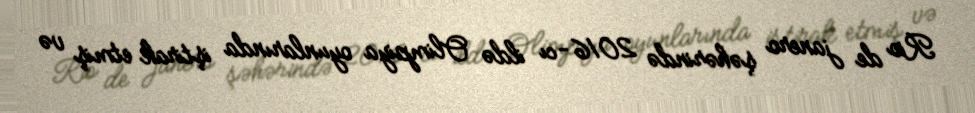
Rio de janero şəhərində 2016-cı ildə Olimpiya oyunlarında iştirak etmiş və